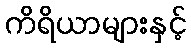
ကိရိယာများနှင့်